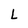
Character: L